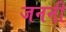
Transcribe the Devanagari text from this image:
जननीं